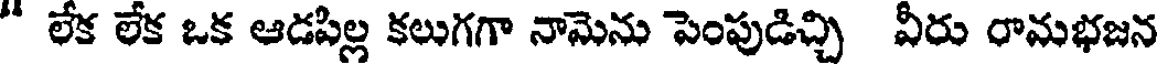
" లేక లేక ఒక ఆడపిల్ల కలుగగా నామెను పెంపుడిచ్చి వీరు రామభజన